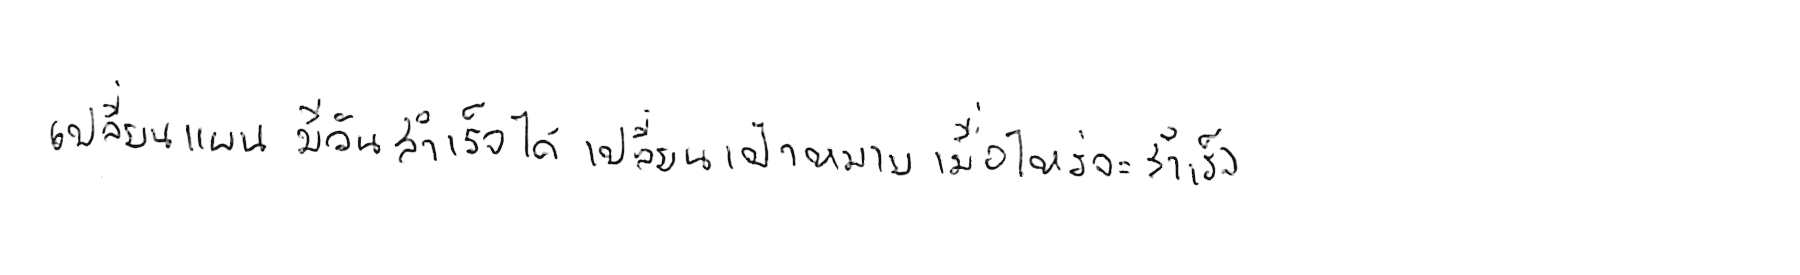
เปลี่ยนแผน มีวันสำเร็จได้ เปลี่ยนเป้าหมาย เมื่อไหร่จะสำเร็จ